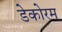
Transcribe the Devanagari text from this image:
डेकोरम